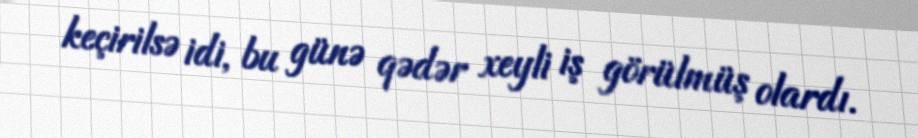
keçirilsə idi, bu günə qədər xeyli iş görülmüş olardı.